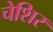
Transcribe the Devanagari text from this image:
चेशिर